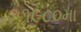
૧૯૮૦મા